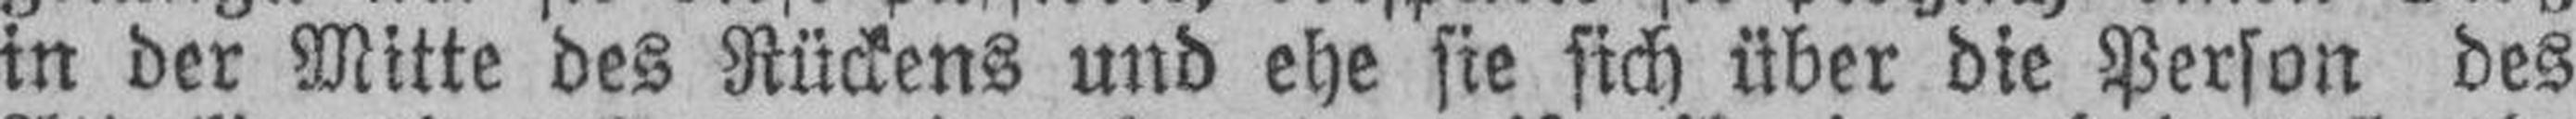
in der Mitte des Rückens und ehe sie sich über die Person des